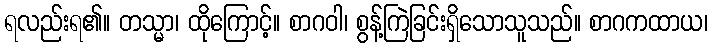
ရလည်းရ၏။ တသ္မာ၊ ထိုကြောင့်။ စာဂဝါ၊ စွန့်ကြဲခြင်းရှိသောသူသည်။ စာဂကထာယ၊